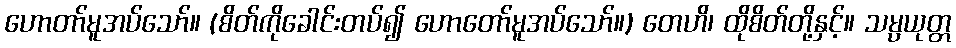
ဟောတာ်မူအပ်သော်။ (စိတ်ကိုခေါင်းတပ်၍ ဟောတော်မူအပ်သော်။) တေဟိ၊ ထိုစိတ်တို့နှင့်။ သမ္ပယုတ္တ